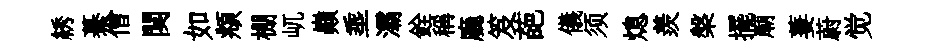
綉驀僧闋如頫棚屼巔埀灞銓稱廳笈葩儀须熄羨槃擺廟萋蔚觉